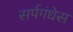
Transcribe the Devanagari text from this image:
सर्पगंधेस